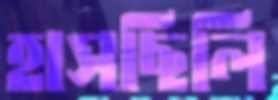
হাসছিলি